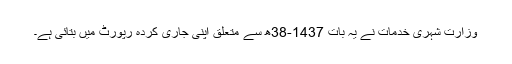
وزارت شہری خدمات نے یہ بات 1437-38ھ سے متعلق اپنی جاری کردہ رپورٹ میں بتائی ہے۔